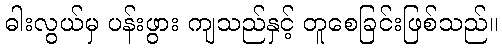
ဓါးလွယ်မှ ပန်းဖွား ကျသည်နှင့် တူစေခြင်းဖြစ်သည်။